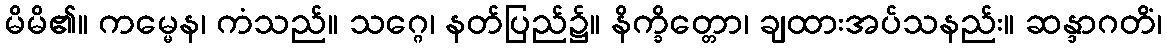
မိမိ၏။ ကမ္မေန၊ ကံသည်။ သဂ္ဂေ၊ နတ်ပြည်၌။ နိက္ခိတ္တော၊ ချထားအပ်သနည်း။ ဆန္ဒာဂတိံ၊